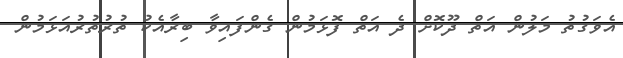
އެވަގުތު މަލުން އަތް ދޫކޮށް ދެ އަތް ފޮޅަމުން ގެންފައިވާ ބިރާއެކު ތުރުތުރުއަޅަމުން